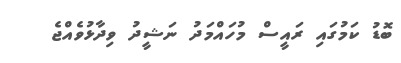
ބޮޑު ކަމުގައި ރައީސް މުހައްމަދު ނަޝީދު ވިދާޅުވެއްޖެ